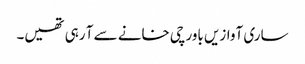
ساری آوازیں باورچی خانے سے آ رہی تھیں۔